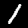
Digit: 1